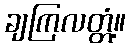
ချကြလတ္တံ့။